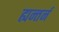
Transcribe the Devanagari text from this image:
ह्यन्तर्न